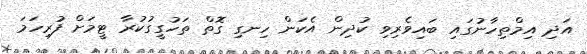
އަދި އިމްތިހާނުގައި ބައިވެރިވި ކުދިން އެކަން ހިނގި ގޮތް ތަހުގީގުކުރާ ޓީމަށް ފުރިހަމަ